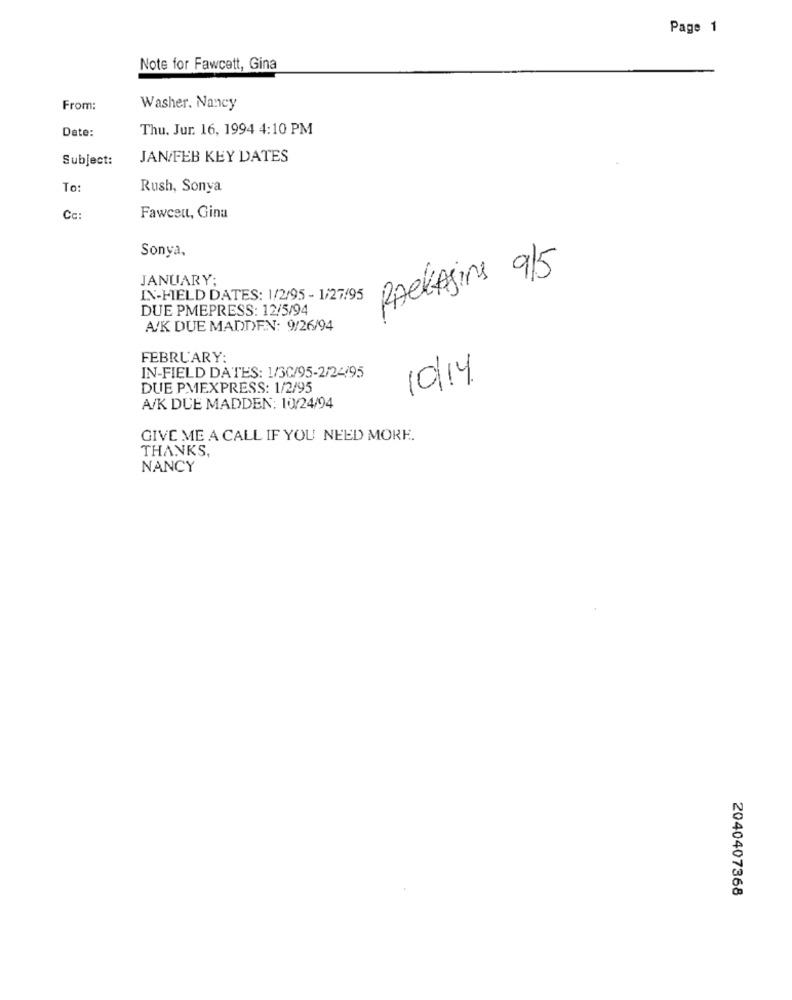
Page 1
Note for Fawcett, Gina
From:
Washer. Nancy
Date:
Thu. Jur. 16, 1994 4:10 PM
Subject:
JAN/FEB KEY DATES
To:
Rush, Sonya
Cc:
Fawcett, Gina
Sonya,
JANUARY;
PACKASins 9/5
IN-HELD DATES: 1/2/95 - 1/27/95
DUE PMEPRESS: 12/5/94
A/K DUE MADDEN: 9/26/94
FEBRUARY:
IN-FIELD DATES: 1/3C/95-2/24195
10/14.
DUE PMEXPRESS: 1/2/95
A/K DUE MADDEN: 10/24/94
GIVE ME A CALL IF YOU NEED MORE.
THANKS,
NANCY
2040407368